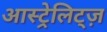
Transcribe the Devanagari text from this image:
आस्ट्रेलिट्ज़